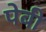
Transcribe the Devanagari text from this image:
पेबी